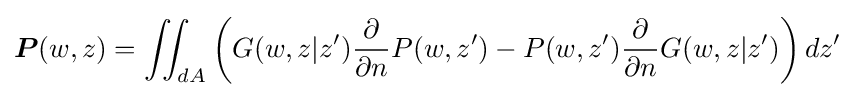
{\boldsymbol {P}}(w,z)=\iint _{dA}\left(G(w,z\vert z'){\frac {\partial }{\partial n}}P(w,z')-P(w,z'){\frac {\partial }{\partial n}}G(w,z\vert z')\right)dz'